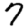
Digit: 7